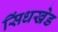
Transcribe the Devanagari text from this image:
सिंधखेड